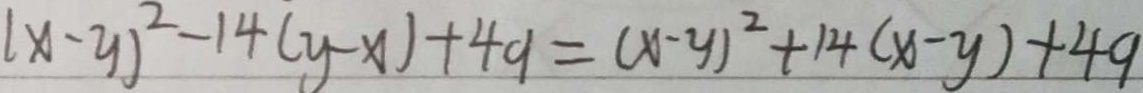
( x - y ) ^ { 2 } - 1 4 ( y - x ) + 4 9 = ( x - y ) ^ { 2 } + 1 4 ( x - y ) + 4 9